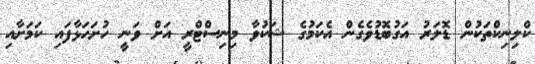
ކްލިނިކްތަކުން ޑޮލަރު އަގުބޮޑުވެގެން އެކަމުގެ ޝަކުވާ މިނިސްޓްރީ އަށް ވަނީ ހުށަހަޅާފައި ކަމަށާއި